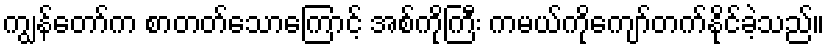
ကျွန်တော်က စာတတ်သောကြောင့် အစ်ကိုကြီး ကမယ်ကိုကျော်တက်နိုင်ခဲ့သည်။